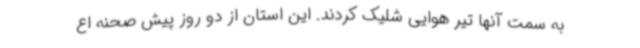
به سمت آنها تیر هوایی شلیک کردند. این استان از دو روز پیش صحنه اع